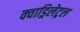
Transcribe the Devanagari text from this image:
क्वाड्रिलेट्रल